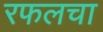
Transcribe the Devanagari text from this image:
रफलचा